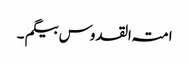
امتہ القدوس بیگم ۔